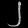
Digit: ၂